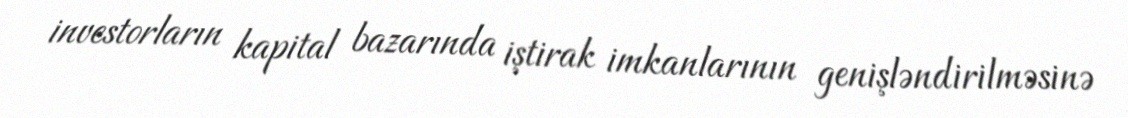
investorların kapital bazarında iştirak imkanlarının genişləndirilməsinə